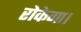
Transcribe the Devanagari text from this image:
रोकेगा।